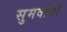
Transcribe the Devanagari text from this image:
सुमवालों